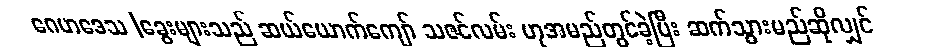
ဂေဟဒေသ |ခွေးများသည် ဆယ်ယောက်ကျော် သဇင်လမ်း ဟုအမည်တွင်ခဲ့ပြီး ဆက်သွားမည်ဆိုလျှင်